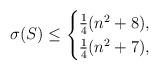
LaTeX: \begin{align*}\sigma(S)\leq \begin{cases}\frac{1}{4}(n^2+8), &\\\frac{1}{4}(n^2+7), &\end{cases}\end{align*}